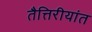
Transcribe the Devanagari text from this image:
तैत्तिरीयांत